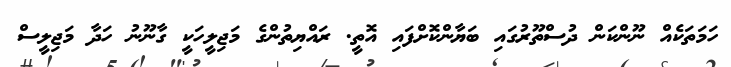
ހަމަތަކެއް ނޫންކަން ދުސްތޫރުގައި ބަޔާންކޮށްފައި އޮތީ. ރައްޔިތުންގެ މަޖިލީހަކީ ގާނޫނު ހަދާ މަޖިލީސް